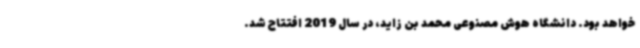
خواهد بود. دانشگاه هوش مصنوعی محمد بن زاید، در سال 2019 افتتاح شد.